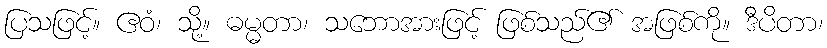
ပြသဖြင့်။ ဧဝံ၊ သို့။ ဓမ္မတာ၊ သဘောအားဖြင့် ဖြစ်သည်၏ အဖြစ်ကို။ ဒီပိတာ၊